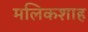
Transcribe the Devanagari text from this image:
मलिकशाह